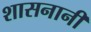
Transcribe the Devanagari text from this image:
शासनानी